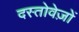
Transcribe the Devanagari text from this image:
दस्‍तोवेज़ों